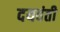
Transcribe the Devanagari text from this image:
दयवंती